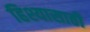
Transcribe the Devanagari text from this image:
हिश्यासाठी